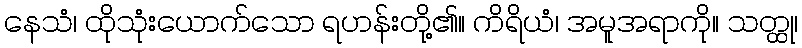
နေသံ၊ ထိုသုံးယောက်သော ရဟန်းတို့၏။ ကိရိယံ၊ အမူအရာကို။ သတ္ထု၊